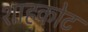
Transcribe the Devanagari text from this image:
शाहकोट